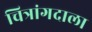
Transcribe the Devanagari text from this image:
चित्रांगदाला